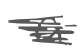
Text: a
Cross-out: scratch
Writing tool: digital_gray